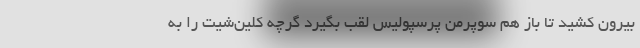
بیرون کشید تا باز هم سوپرمن پرسپولیس لقب بگیرد گرچه کلین‌شیت را به